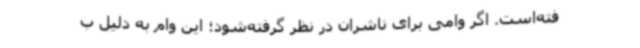
فته‌است. اگر وامی برای ناشران در نظر گرفته‌شود؛ این وام به دلیل ب